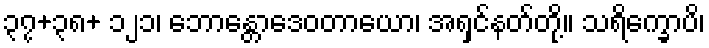
၃၇+၃၈+ ၁၂၁၊ ဘောန္တောဒေဝတာယော၊ အရှင်နတ်တို့။ သရိက္ခောပိ၊